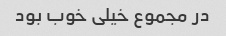
در مجموع خیلی خوب بود